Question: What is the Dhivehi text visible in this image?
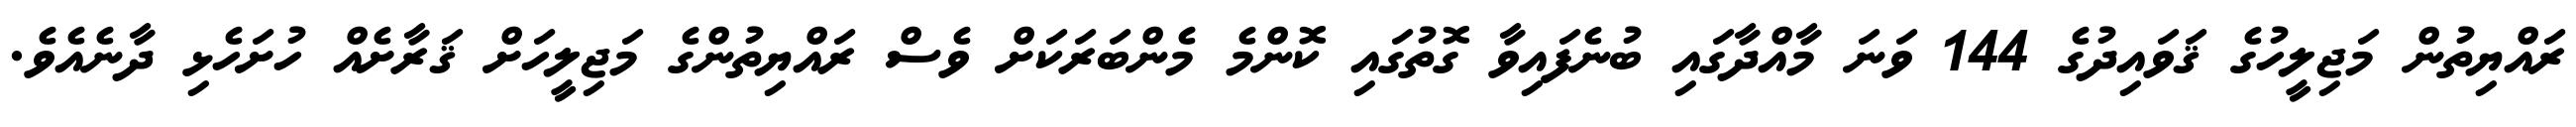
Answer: ރައްޔިތުން މަޖިލީހުގެ ޤަވައިދުގެ 144 ވަނަ މާއްދާގައި ބުނެފައިވާ ގޮތުގައި ކޮންމެ މެންބަރަކަށް ވެސް ރައްޔިތުންގެ މަޖިލީހަށް ޤަރާށެއް ހުށަހެޅި ދާނެއެވެ.